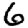
Digit: 6